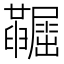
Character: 𡳼